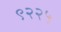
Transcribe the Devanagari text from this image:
९२२५